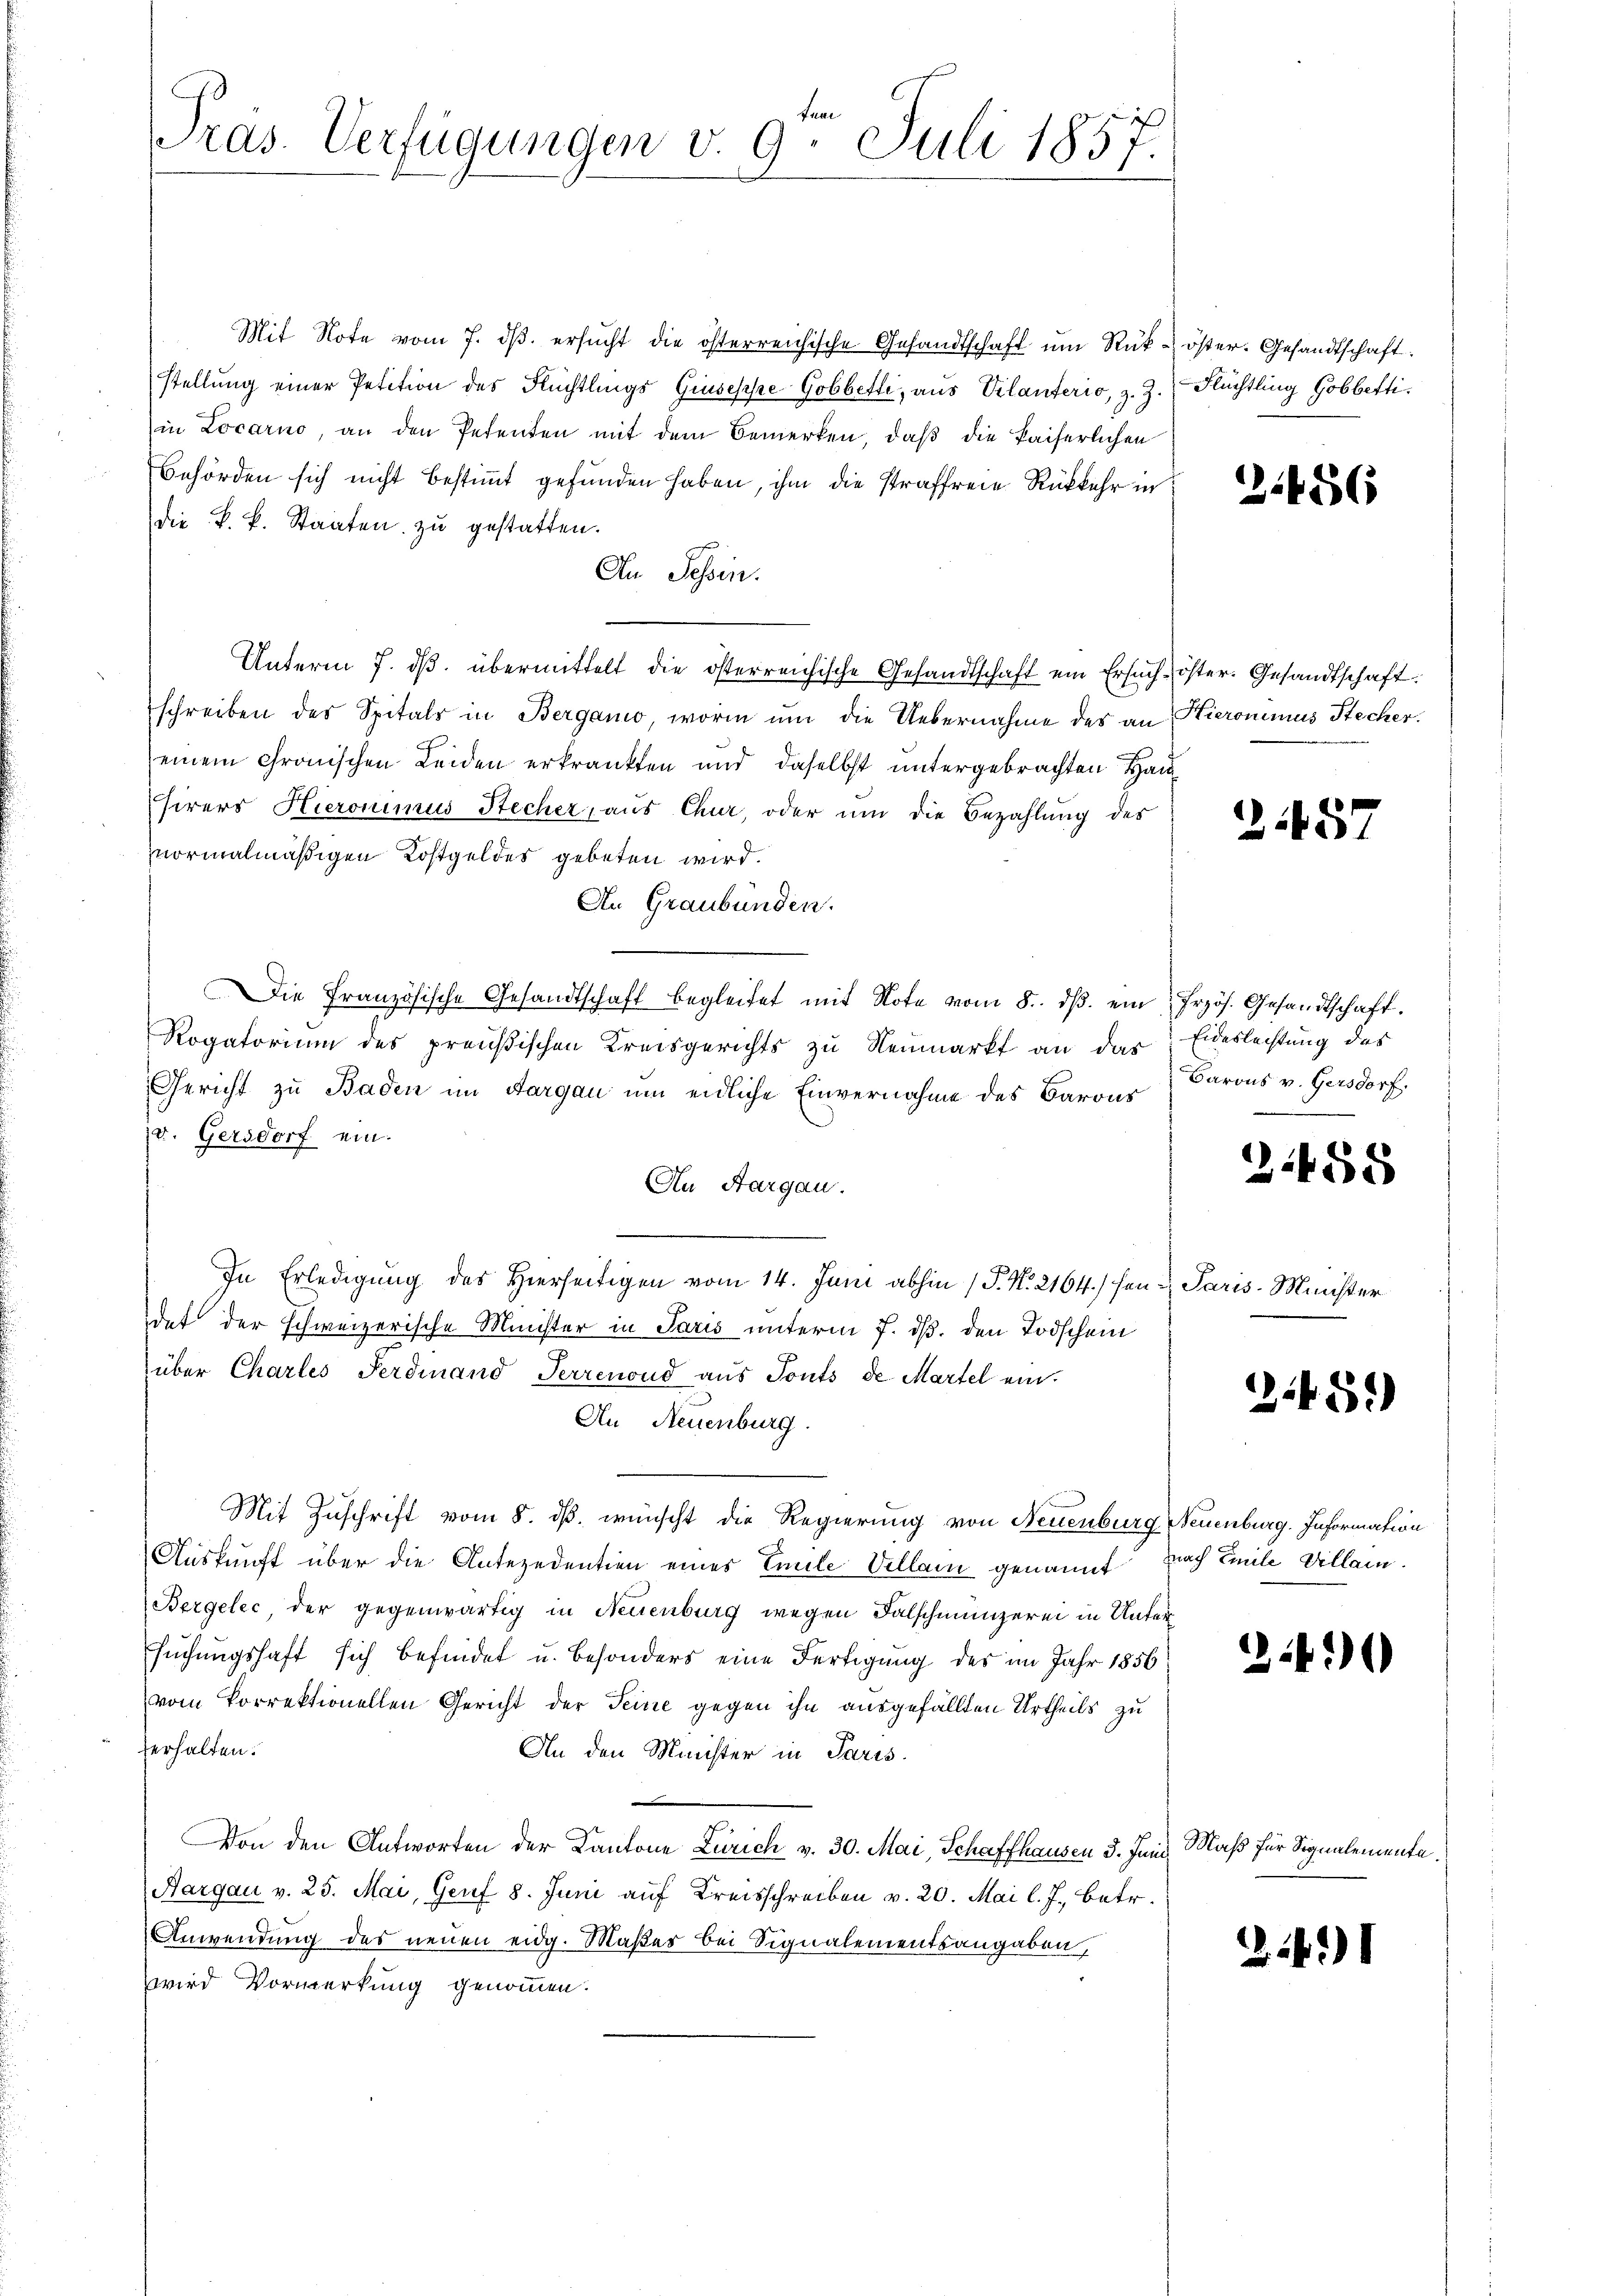
Lun
ras. Verfügungen v. 9. Juli 1857.

Mit Note vom 7. dβ. ersucht die österreichische Gesandtschaft um Rüke öster. Gesandtschaft:
stellung einer Petition des Flüchtlings Giuseppe Gobbette, aus Vilanterio, z. Z. Flüchtling Gobbeftiin Locarno, an den Petenten mit dem Bemerken, daβ die kaiserlichen
Behörden sich nicht bestimmt gefunden haben, ihm die Straffreie Rückkehr in
die k. k. Staaten zŭ gestatten.
An Schen.
Unterm 7. dβ übermittelt die österreichische Gesandtschaft ein Ersuch-öster. Gesandtschaft:
schreiben des Spitals in Bergano, worin ŭm die Uebernahme des an Hieronimus Stecher.
einem Gronischen Leiden erkränkten und daselbst untergebrachten Han
hirers Hieronimus Stecher, aus Chur, oder um die Bezahlung des
vormalmäßigen Kostgeldes gebeten wird.
An Graubünden.
Die Französische Gesandtschaft begleitet mit Note vom 8. ds. ein
Rogatorium des preußischen Kreisgerichts zu Neumarkt an das
Gericht zu Baden im Aargau um eidliche Einvernahme des Barons
v. Gersdorf ein.
An Aargau.
In Erledigung des Hierseitigen vom 14. Juni abhin (P. Nr. 2164) hen Paris Minister
det der schweizerische Minister in Paris unterm 7. ds. den Todschein
über Chartes Ferdinand Terrenoud aŭs Ponts de Martel ein-
An Neuenburg.
Mit Zuschrift vom 8. ds. wünscht die Regierung von Neuenburg Neuenburg. Information
Auskunft über die Antezedentien eines Emile Villam genannt nach Zeile Villain.
Bergelec, der gegenwärtig in Neuenburg wegen Falschmünzerei in Untersuchungshaft sich befindet u. besonders eine Fertigung des im Jahr 1856
vom Vorrektionellen Gericht der Seine gegen ihn ausgefällten Urtheils zu
verhalten.
An den Minister in Paris.
Von den Antworten der Kantone Zürich v. 30. Mai, Schaffhausen 3. Juni
Aargau v. 25. Mai, Genf 8. Juni auf Kreisschreiben v. 20. Mai l. J., betr.
Anwendung des neuen eidg. Maßes bei Signalementsangaben,
wird Vormerkung genommen.

.

3486

2f 57

Przös. Gesandtschaft.
Eideslechtung des
¬
Barons v. Gersdorf.

21488

21451)

240

Maß für Signalemente.

241